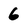
Character: 6